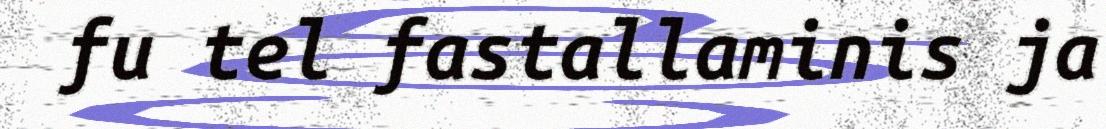
fu tel fastallaminis ja